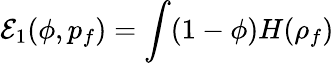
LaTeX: \displaystyle\mathcal E_{1}(\phi,p_{f})=\int(1-\phi)H(\rho_{f})